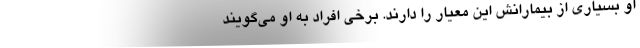
او بسیاری از بیمارانش این معیار را دارند. برخی افراد به او می‌گویند